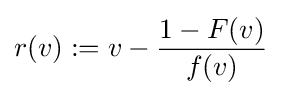
r(v):=v-{\frac {1-F(v)}{f(v)}}